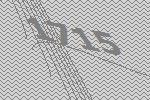
1715